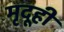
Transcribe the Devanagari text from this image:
मृदूही